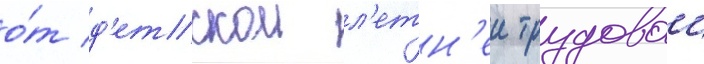
о́т д'етскои л'етн'еи трудовои